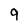
Character: 9